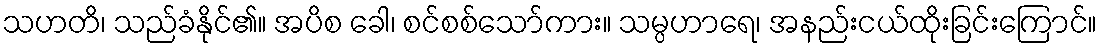
သဟတိ၊ သည်ခံနိုင်၏။ အပိစ ခေါ၊ စင်စစ်သော်ကား။ သမ္ပဟာရေ၊ အနည်းငယ်ထိုးခြင်းကြောင်။